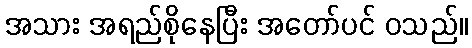
အသား အရည်စိုနေပြီး အတော်ပင် ဝသည်။